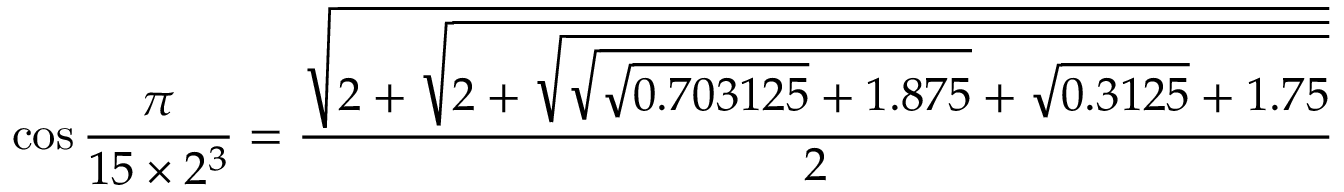
\cos { \frac { \pi } { 1 5 \times 2 ^ { 3 } } } = { \frac { \sqrt { 2 + { \sqrt { 2 + { \sqrt { { \sqrt { { \sqrt { 0 . 7 0 3 1 2 5 } } + 1 . 8 7 5 } } + { \sqrt { 0 . 3 1 2 5 } } + 1 . 7 5 } } } } } } { 2 } }